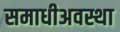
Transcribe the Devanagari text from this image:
समाधीअवस्था